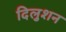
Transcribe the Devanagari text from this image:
दिलुशन